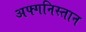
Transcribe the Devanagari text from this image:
अफ्गनिस्तान